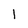
Character: 1